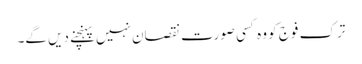
ترک فوج کو وہ کسی صورت نقصان نہیں پہنچنے دیں گے۔